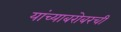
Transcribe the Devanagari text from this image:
यांच्याबरोबरची